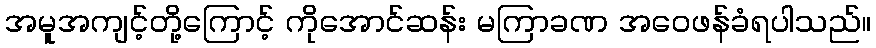
အမူအကျင့်တို့ကြောင့် ကိုအောင်ဆန်း မကြာခဏ အဝေဖန်ခံရပါသည်။